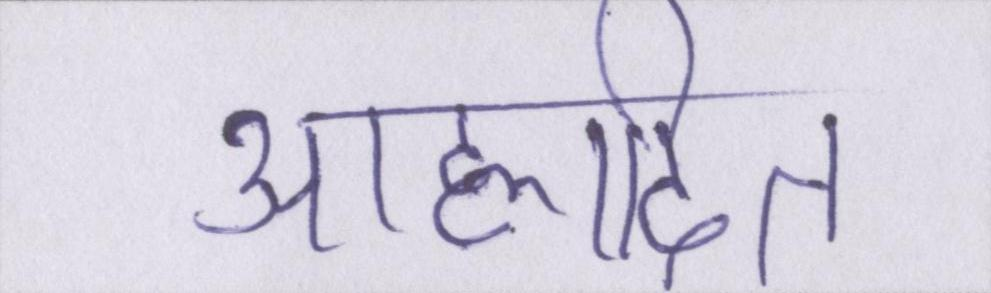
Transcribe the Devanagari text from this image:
आह्लादित